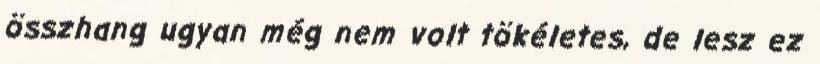
összhang ugyan még nem volt tökéletes, de lesz ez